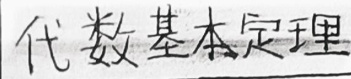
代数基本定理